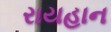
રાયહાન